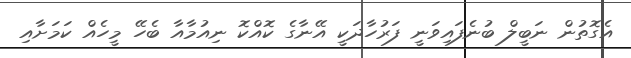
އެގޮތުން ނަބީލް ބުނެފައިވަނީ ފަރުހާދަކީ އޭނާގެ ކޮއްކޮ ނިއުމާއާ ބެހޭ މީހެއް ކަމަށާއި